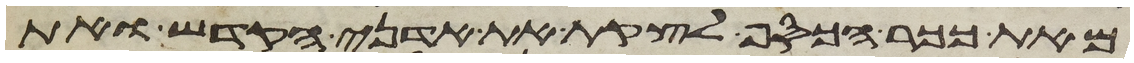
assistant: מאת ככר הכסף לקצת את אדני הקדש ואת